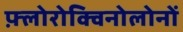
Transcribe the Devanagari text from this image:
फ़्लोरोक्विनोलोनों